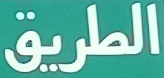
الطريق